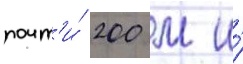
почт'и́ 200 м и́